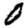
Digit: 0